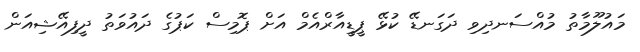
މައުލޫމާތު މުއްސަނދިވި ދަގަނޑޭ ކުޅޭ ޕީޑީއާރްއެމް އަށް ޕޮމިސް ކަޕުގެ ދައުވަތު ދީފިއޭޝިއަން